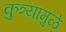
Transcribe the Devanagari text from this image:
कुत्र्यामुळे